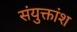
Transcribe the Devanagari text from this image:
संयुक्तांश